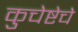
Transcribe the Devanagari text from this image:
कुचेष्टेचे